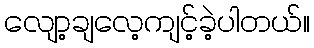
လျော့ချလေ့ကျင့်ခဲ့ပါတယ်။